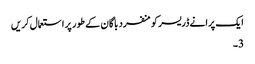
ایک پرانے ڈریسر کو منفرد باگان کے طور پر استعمال کریں
3۔